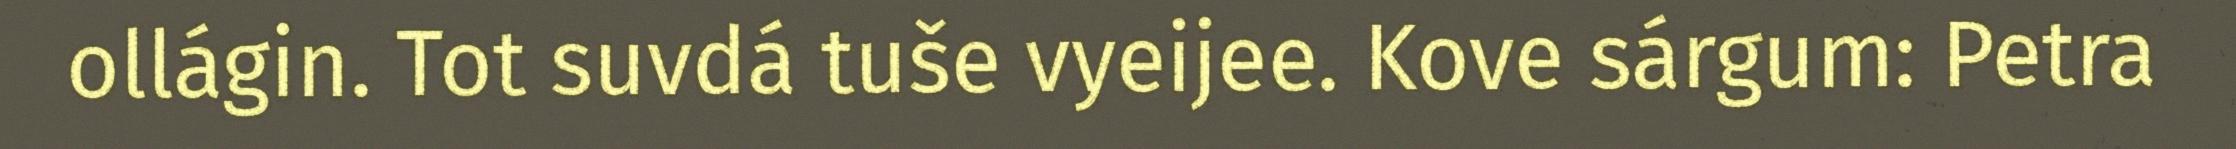
ollágin. Tot suvdá tuše vyeijee. Kove sárgum: Petra